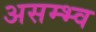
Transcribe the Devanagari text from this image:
असम्भ्व